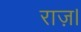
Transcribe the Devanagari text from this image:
राज़।